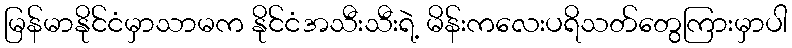
မြန်မာနိုင်ငံမှာသာမက နိုင်ငံအသီးသီးရဲ့ မိန်းကလေးပရိသတ်တွေကြားမှာပါ